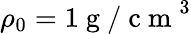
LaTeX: \rho_{0}=1\mathrm{~g~/~c~m~}^{3}